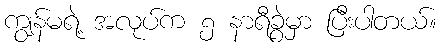
ကျွန်မရဲ့ အလုပ်က ၅ နာရီခွဲမှာ ပြီးပါတယ်။